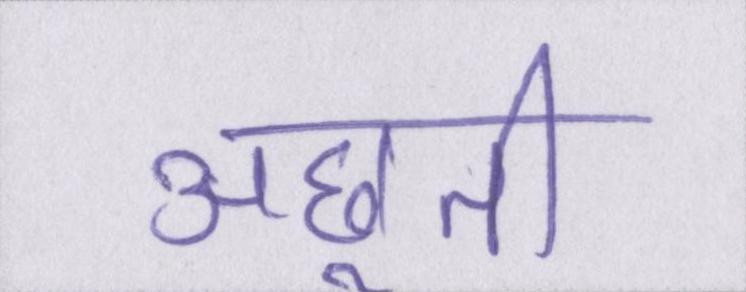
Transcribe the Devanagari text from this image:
अछूती